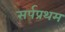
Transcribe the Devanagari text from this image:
सर्पप्रथम